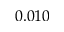
0 . 0 1 0